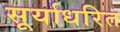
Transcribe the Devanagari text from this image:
सूर्याधरित